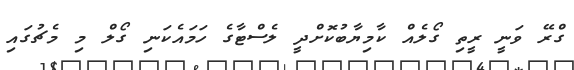
ގްރޭ ވަނީ ރީތި ގޯލެއް ކާމިޔާބުކޮށްދީ ލެސްޓާގެ ހަމައެކަނި ގޯލް މި މެޗުގައި